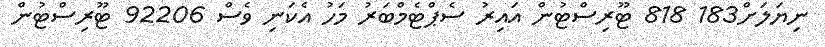
ނިޔަލަށް183 818 ޓޫރިސްޓުން އައިރު ސެޕްޓެމްބަރު މަހު އެކަނި ވެސް 92206 ޓޫރިސްޓުން